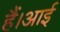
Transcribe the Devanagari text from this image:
हैं।आई